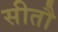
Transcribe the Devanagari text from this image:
सीतौ